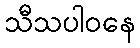
သီသပါဝနေ